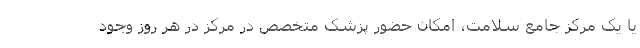
یا یک مرکز جامع سلامت، امکان حضور پزشک متخصص در مرکز در هر روز وجود